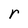
Character: r